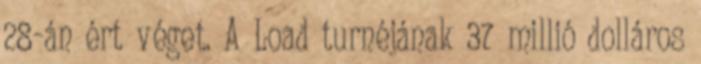
28-án ért véget. A Load turnéjának 37 millió dolláros